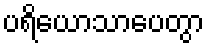
ပရိယောသာပေတွာ